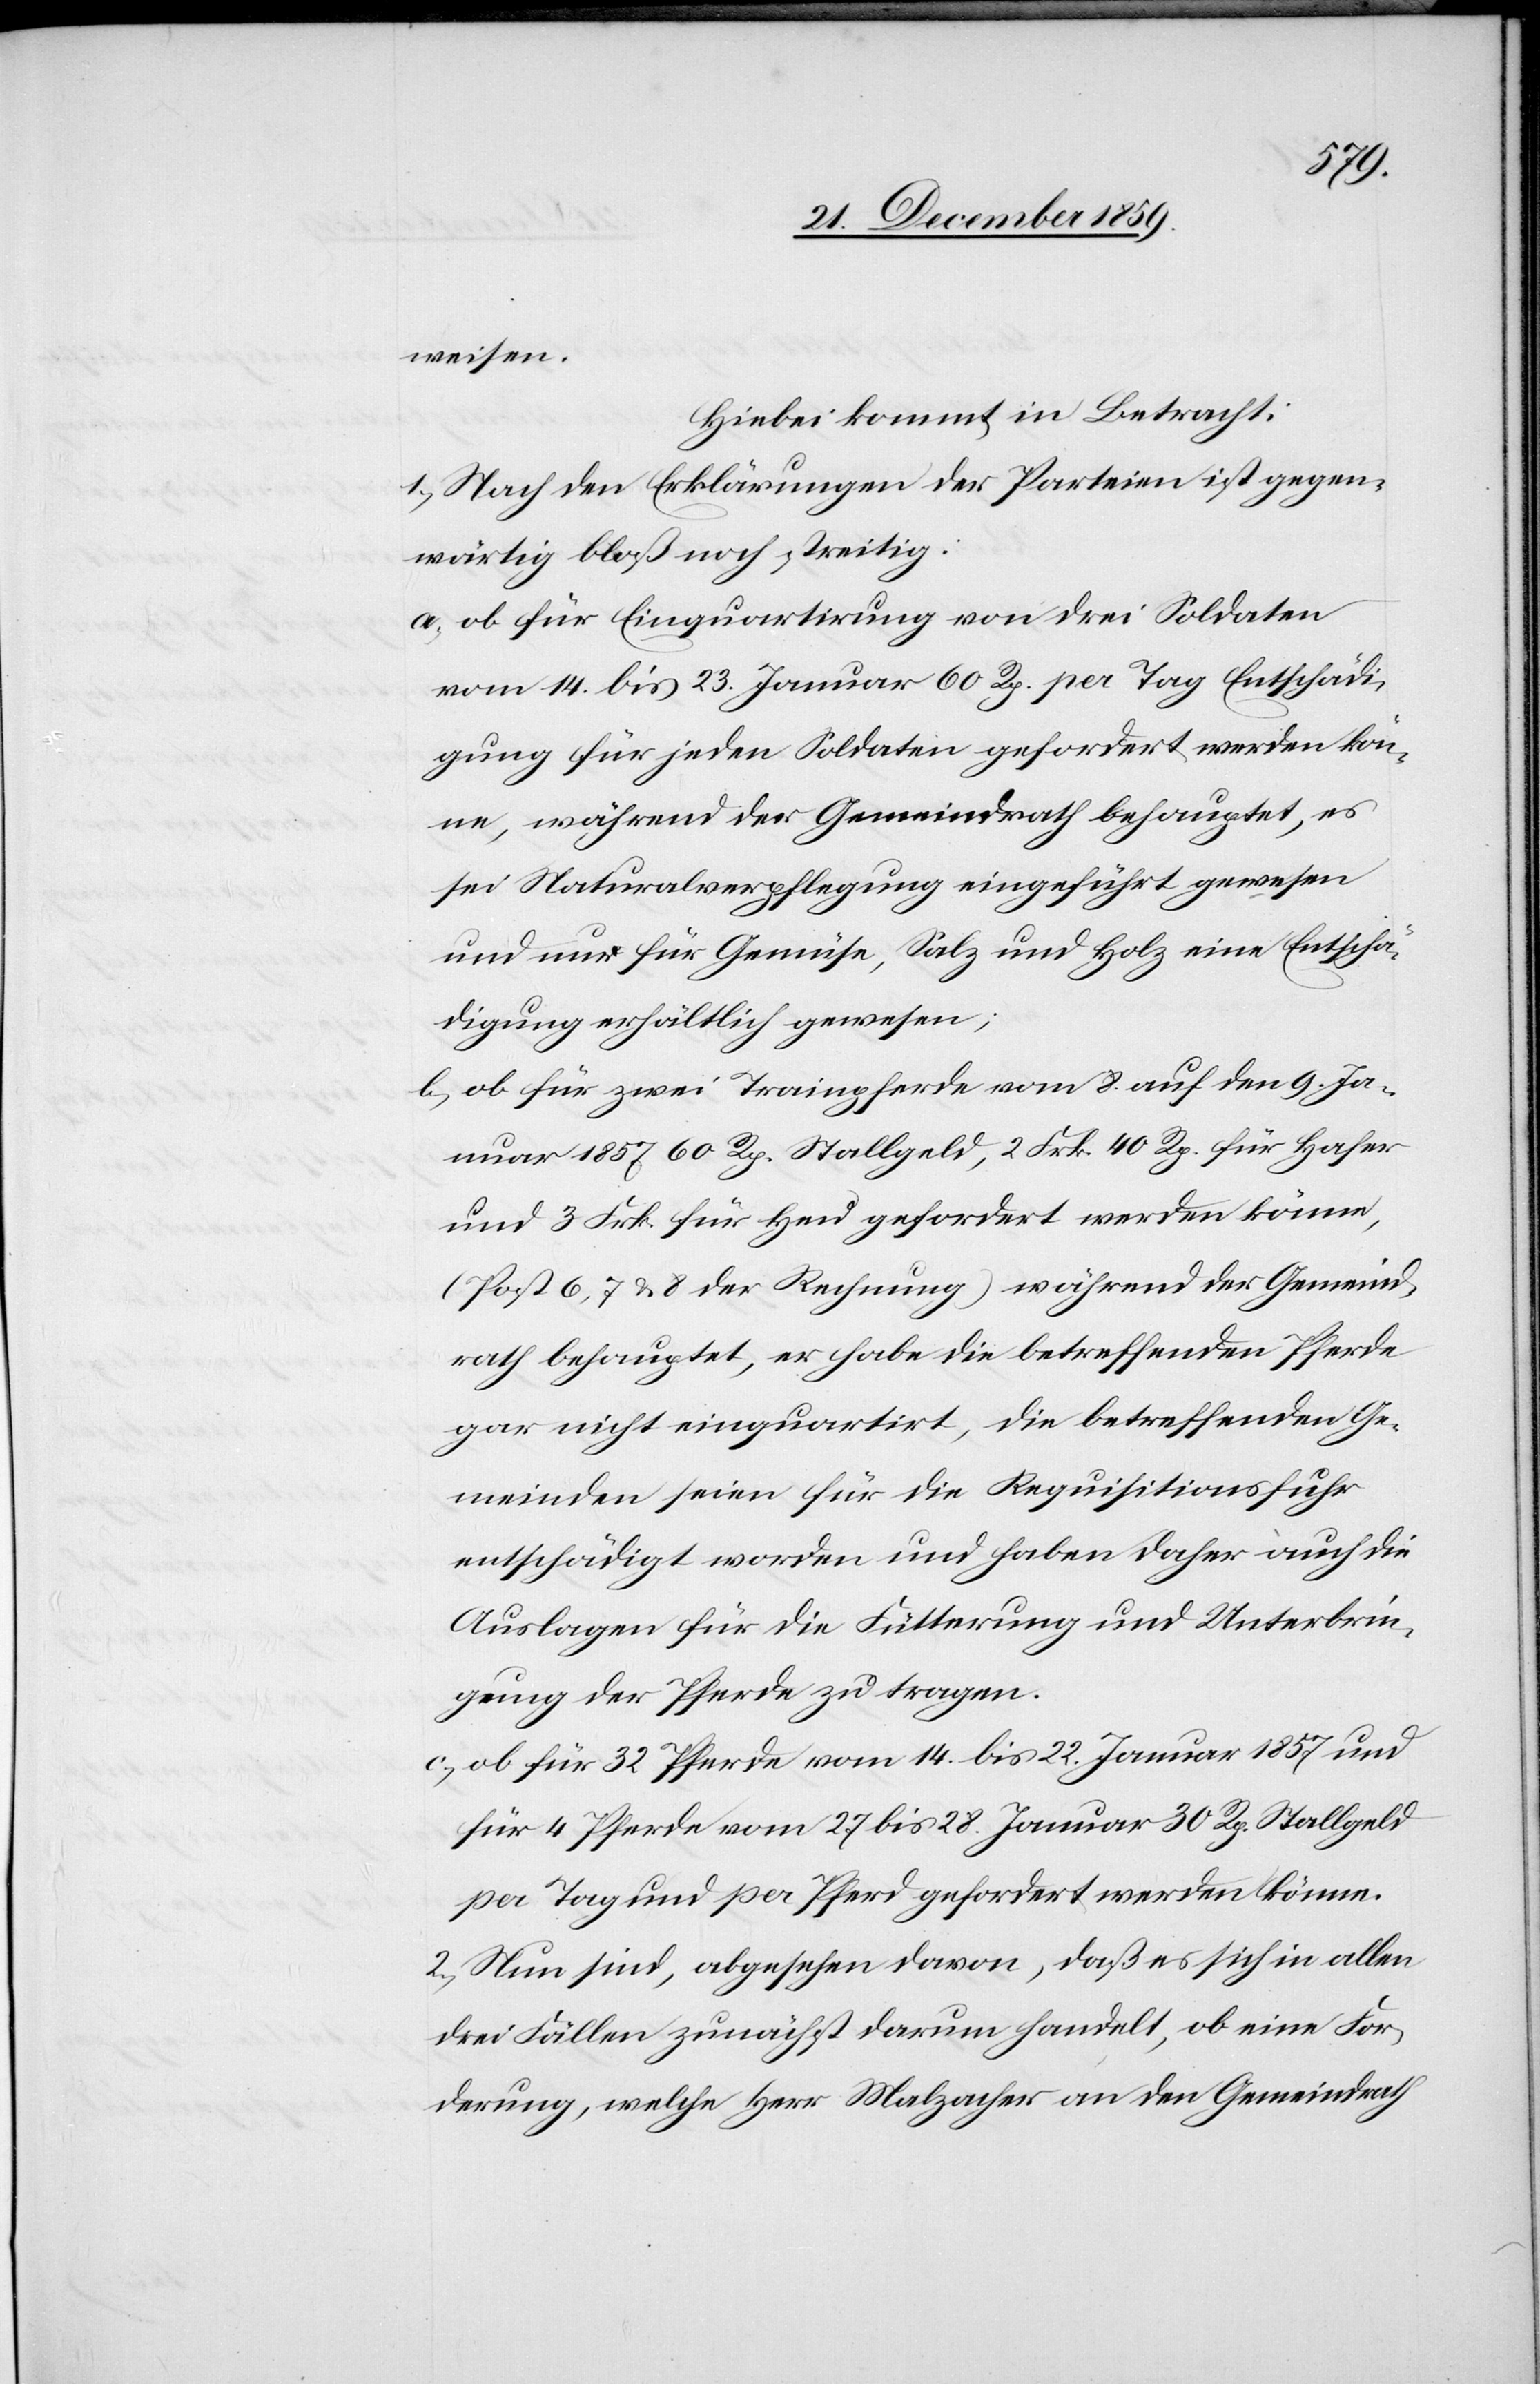
weisen.
Hiebei kommt in Betracht:
1.) Nach den Erklärungen der Parteien ist gegen¬
wärtig bloß noch streitig:
a) ob für Einquartirung von drei Soldaten
vom 14. bis 23. Januar 60 Rp. per Tag Entschädi¬
gung für jeden Soldaten gefordert werden kön¬
ne, während der Gemeindrath behauptet, es
sei Naturalverpflegung eingeführt gewesen
und nur für Gemüse, Salz und Holz eine Entschä¬
digung erhältlich gewesen;
b) ob für zwei Trainpferde vom 8. auf den 9. Ja¬
nuar 1857 60 Rp. Stallgeld, 2 Frk. 40 Rp. für Hafer
und 3 Frk. für Heu gefordert werden könne,
(Post 6, 7 & 8 der Rechnung) während der Gemeind¬
rath behauptet, er habe die betreffenden Pferde
gar nicht einquartirt, die betreffenden Ge¬
meinden seien für die Requisitionsfuhr
entschädigt worden und haben daher auch die
Auslagen für die Fütterung und Unterbrin¬
gung der Pferde zu tragen.
c) ob für 32 Pferde vom 14. bis 22. Januar 1857 und
für 4 Pferde vom 27 bis 28. Januar 30 Rp. Stallgeld
per Tag und per Pferd gefordert werden könne.
2.) Nun sind, abgesehen davon, daß es sich in allen
drei Fällen zunächst darum handelt, ob eine For¬
derung, welche Herr Malzacher an den Gemeindrath